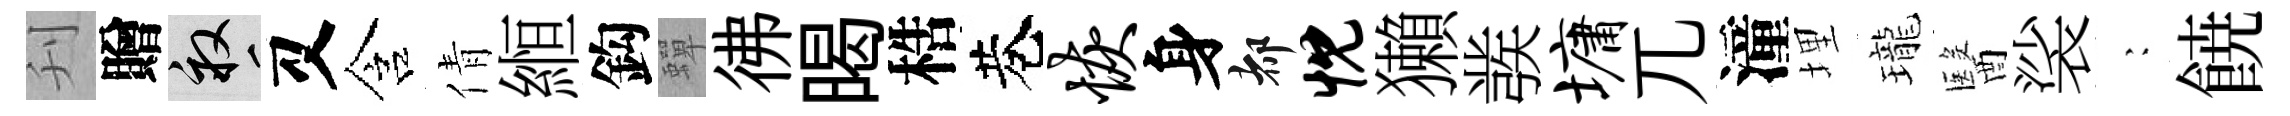
刋贈畝又含倩縆鈎蟬彿暍梏巷恢身都忱獺彂墉兀潼埋瓏醫裟巍𩜙